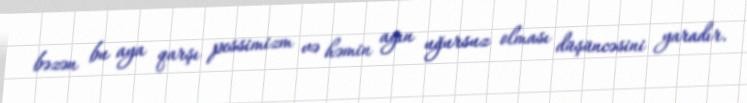
bəzən bu aya qarşı pessimizm və həmin ayın uğursuz olması düşüncəsini yaradır.